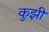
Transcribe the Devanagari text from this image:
कुझी